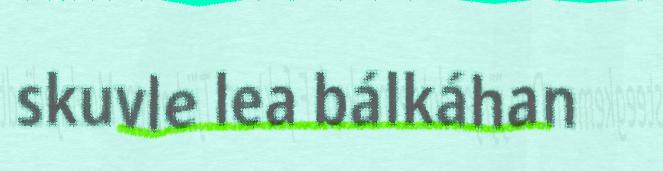
skuvle lea bálkáhan